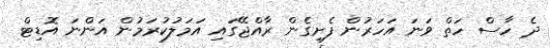
ދެ ހާސް ހަތް ވަނަ އަހަރުން ފެށިގެން ރާއްޖޭގައި އަމަލުކުރަމުން އަންނަ އޮޑިޓް